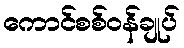
ကောင်စစ်ဝန်ချုပ်